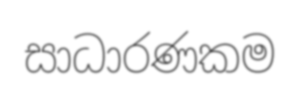
සාධාරණකම